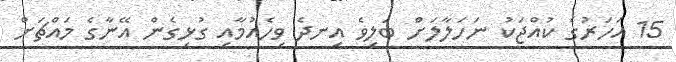
15 އަހަރުގެ ކުއްޖަކު ނަހަލާލަށް ބަލިވެ އިނދެ ވިހެއުމާއި ގުޅިގެން އޭނާގެ މައްޗަށް